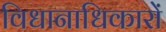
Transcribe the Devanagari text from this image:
विधानाधिकारों